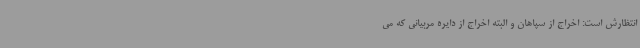
انتظارش است: اخراج از سپاهان و البته اخراج از دایره مربیانی که می